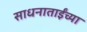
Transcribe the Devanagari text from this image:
साधनाताईंच्या